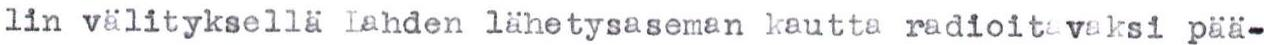
lin välityksellä Lahden lähetysaseman kautta radioitavaksi pää-